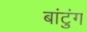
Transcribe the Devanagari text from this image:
बांटुंग